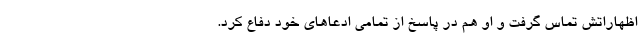
اظهاراتش تماس گرفت و او هم در پاسخ از تمامی ادعاهای خود دفاع کرد.